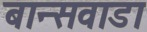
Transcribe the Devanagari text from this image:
बान्सवाडा